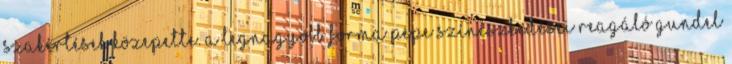
szakértések közepette. A legnagyobb forma Pepe színészkedései reagáló Gundel